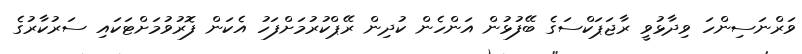
ވަރްނަސިންހަ ވިދާޅުވީ ރާޖަޕަކްސަގެ ބޭފުޅުން އަންހެން ކުދިން ރޭޕްކުރުމަށްފަހު އެކަން ފޮރުވުމަށްޓަކައި ސަރުކާރުގެ